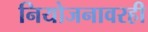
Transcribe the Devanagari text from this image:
नियोजनावरही